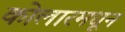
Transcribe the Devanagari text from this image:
कोलारमधून